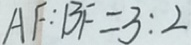
A F : B F = 3 : 2